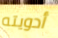
أدويته